Civil Veterinary Department Bihar & Orissa reports 1922-29 - 1922-1929
Year: 1922
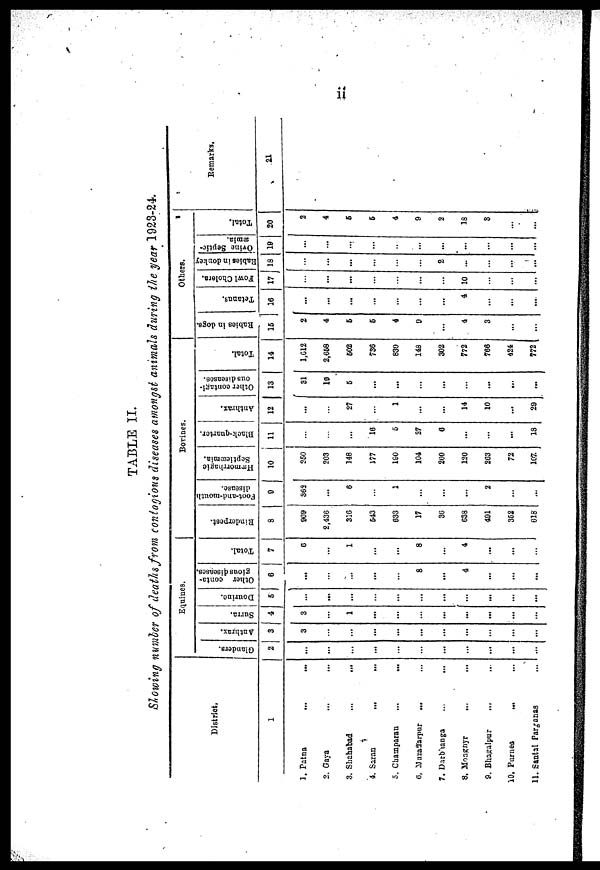
ii
TABLE II.
Slowing number of deaths from contagious diseases amongst animals during the year 1923-24..
District.
1.
Patna
...
...
2. Gaya
3. Sliahabad
...
...
4. Saran
...
...
5. Champaran
...
...
6. Mazapur
...
7. Darbianga
8.
Moaghyr
...
9. Bhagalpur
...
10. Purnea
...
11. Santal Pargonas
Equines.
Glanders.
2
...
...
...
...
...
...
...
...
...
...
...
Anthrax.
3
3
...
...
...
...
...
...
...
...
...
...
Sarra.
Douriuo.
4
3
...
1
...
...
...
...
...
...
...
...
5
...
...
...
...
...
...
...
...
...
...
...
Other conta-
gious diseases.
6
...
...
...
...
...
8
...
4
...
...
...
Total.
7
C
...
1
...
...
8
...
4
...
...
...
Bovines
Rinderpest.
8
909
2,436
316
543
633
17
36
638
401
362
618
Foot-and-mouth
disease.
0
363
...
6
...
1
...
...
...
2
...
...
Hemorrhagic
Septicxmia.
Black-quarter.
10
11
260
203
148
177
180
104
260
120
263
72
107
...
...
...
16
5
27
6
...
...
...
15
Anthrax.
12
...
...
27
...
1
...
...
14
10
...
29
Other contagi-
ous dicoases.
13
81
10
6
...
...
...
...
...
...
...
...
Total.
14
1,012
2,668
602
736
830
148
302
772
766
424
772
Others.
Rabies
in dogs.
16
2
4
6
6
4
0
...
4
3
...
...
Tetanus.
16
...
...
...
...
...
...
...
4
...
...
...
Fowl Cholera.
17
...
...
...
...
...
...
...
10
...
...
...
Babies in donkey
18
...
...
...
...
...
...
2
...
...
...
...
Ovine Septic-
æmia.
19
...
...
...
...
...
...
...
...
...
...
...
Total.
20
2
4
6
6
4
9
2
18
3
...
...
Remarks,
21